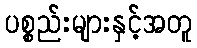
ပစ္စည်းများနှင့်အတူ